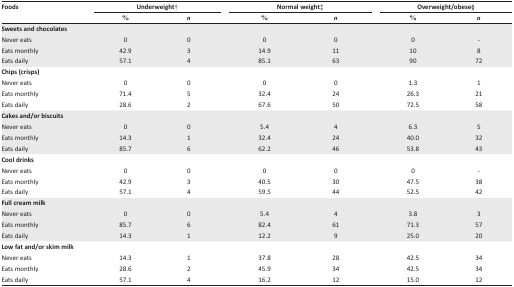
| <ROWSPAN=3> Foods | <COLSPAN=2> Underweight† | <COLSPAN=2> Normal weight‡ | <COLSPAN=2> Overweight/obese§ |
 | % | n | % | n | % | n |
 | --- | --- | --- | --- | --- | --- | --- |
 | Sweets and chocolates |  |  |  |  |  |  |
 | Never eats | 0 | 0 | 0 | 0 | 0 | - |
 | Eats monthly | 42.9 | 3 | 14.9 | 11 | 10 | 8 |
 | Eats daily | 57.1 | 4 | 85.1 | 63 | 90 | 72 |
 | Chips (crisps) |  |  |  |  |  |  |
 | Never eats | 0 | 0 | 0 | 0 | 1.3 | 1 |
 | Eats monthly | 71.4 | 5 | 32.4 | 24 | 26.3 | 21 |
 | Eats daily | 28.6 | 2 | 67.6 | 50 | 72.5 | 58 |
 | Cakes and/or biscuits |  |  |  |  |  |  |
 | Never eats | 0 | 0 | 5.4 | 4 | 6.3 | 5 |
 | Eats monthly | 14.3 | 1 | 32.4 | 24 | 40.0 | 32 |
 | Eats daily | 85.7 | 6 | 62.2 | 46 | 53.8 | 43 |
 | Cool drinks |  |  |  |  |  |  |
 | Never eats | 0 | 0 | 0 | 0 | 0 | - |
 | Eats monthly | 42.9 | 3 | 40.5 | 30 | 47.5 | 38 |
 | Eats daily | 57.1 | 4 | 59.5 | 44 | 52.5 | 42 |
 | Full cream milk |  |  |  |  |  |  |
 | Never eats | 0 | 0 | 5.4 | 4 | 3.8 | 3 |
 | Eats monthly | 85.7 | 6 | 82.4 | 61 | 71.3 | 57 |
 | Eats daily | 14.3 | 1 | 12.2 | 9 | 25.0 | 20 |
 | Low fat and/or skim milk |  |  |  |  |  |  |
 | Never eats | 14.3 | 1 | 37.8 | 28 | 42.5 | 34 |
 | Eats monthly | 28.6 | 2 | 45.9 | 34 | 42.5 | 34 |
 | Eats daily | 57.1 | 4 | 16.2 | 12 | 15.0 | 12 |